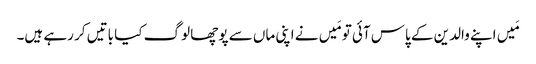
مَیں اپنے والدین کے پاس آئی تو مَیں نے اپنی ماں سے پوچھا لوگ کیا باتیں کر رہے ہیں۔